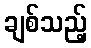
ချစ်သည့်